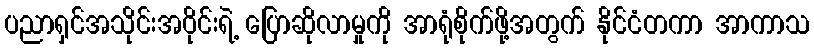
ပညာရှင်အသိုင်းအဝိုင်းရဲ့ ပြောဆိုလာမှုကို အာရုံစိုက်ဖို့အတွက် နိုင်ငံတကာ အာကာသ